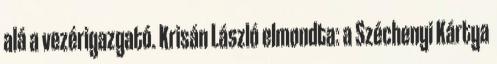
alá a vezérigazgató. Krisán László elmondta: a Széchenyi Kártya